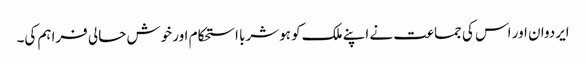
ایردوان اور اس کی جماعت نے اپنے ملک کو ہوشربا استحکام اور خوش حالی فراہم کی۔